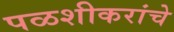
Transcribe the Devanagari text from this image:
पळशीकरांचे